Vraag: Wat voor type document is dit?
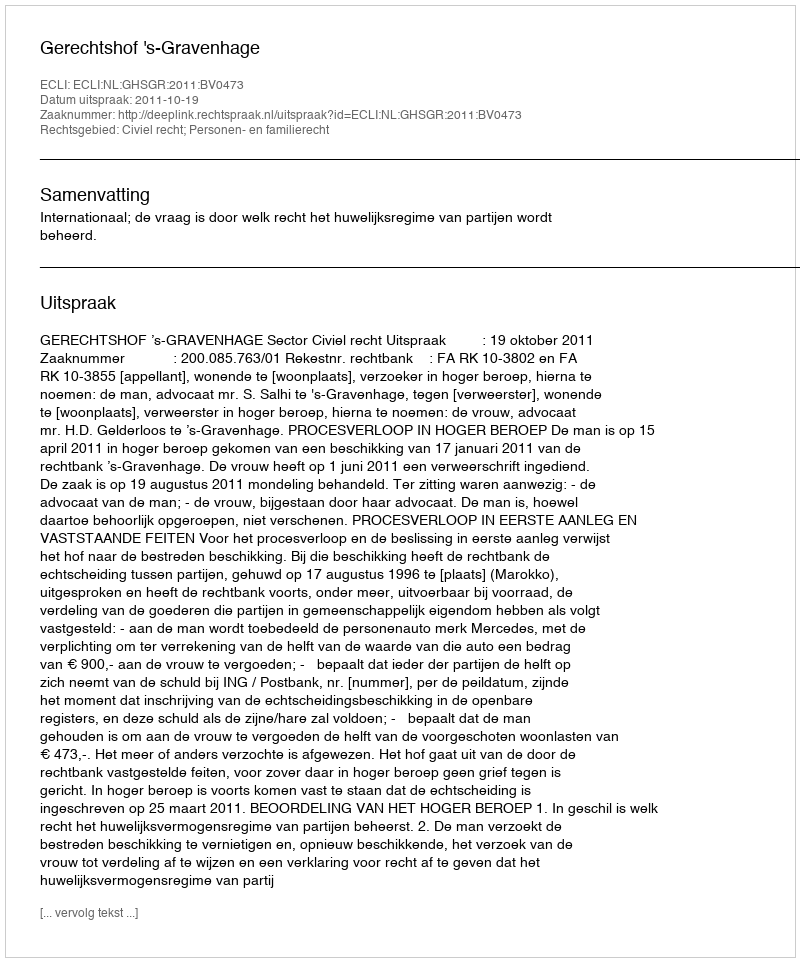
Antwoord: Uitspraak